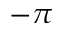
- \pi